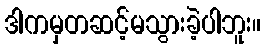
ဒါကမှတဆင့်မသွားခဲ့ပါဘူး။